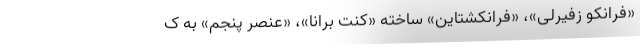
«فرانکو زفیرلی»، «فرانکشتاین» ساخته «کنت برانا»، «عنصر پنجم» به ک